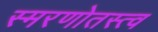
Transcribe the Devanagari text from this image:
स्मरणोतस्त्व